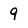
Character: 9